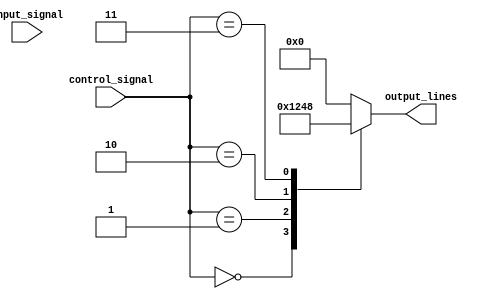
module demultiplexer (
    input wire input_signal,
    input wire [3:0] control_signal,
    output reg [3:0] output_lines
);

always @(*)
begin
    case(control_signal)
        4'b0000: output_lines = 4'b0001;
        4'b0001: output_lines = 4'b0010;
        4'b0010: output_lines = 4'b0100;
        4'b0011: output_lines = 4'b1000;
        default: output_lines = 4'b0000;
    endcase
end

endmodule